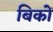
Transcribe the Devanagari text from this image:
बिको